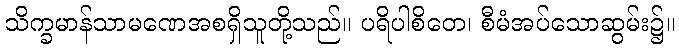
သိက္ခမာန်သာမဏေအစရှိသူတို့သည်။ ပရိပါစိတေ၊ စီမံအပ်သောဆွမ်း၌။